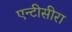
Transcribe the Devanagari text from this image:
एन्टीसीरा